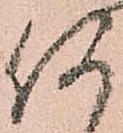
何